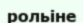
рольіне